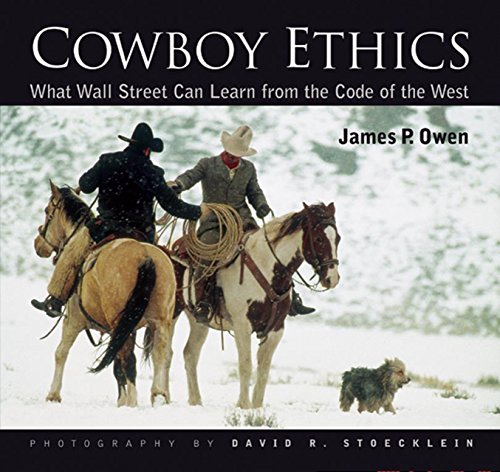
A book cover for Cowboy Ethics: What Wall Street Can Learn From The Code Of The West; James P. Owen; Business & Money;